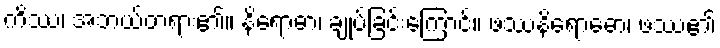
ကိဿ၊ အဘယ်တရား၏။ နိရောဓာ၊ ချုပ်ခြင်းကြောင့်။ ဖဿနိရောဓော၊ ဖဿ၏